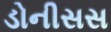
ડોનીસસ